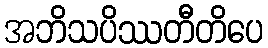
အဘိသပိဿတီတိပေ